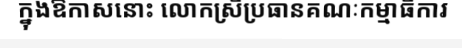
ក្នុងឱកាសនោះ លោកស្រីប្រធានគណៈកម្មាធិការ